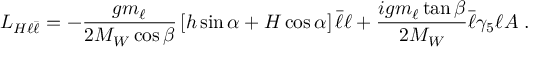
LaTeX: { \cal L } _ { H \ell \bar { \ell } } = - { \frac { g m _ { \ell } } { 2 M _ { W } \cos \beta } } \left[ h \sin \alpha + H \cos \alpha \right] \bar { \ell } \ell + { \frac { i g m _ { \ell } \tan \beta } { 2 M _ { W } } } \bar { \ell } \gamma _ { 5 } \ell A \; .